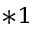
^ { * 1 }